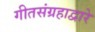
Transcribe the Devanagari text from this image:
गीतसंग्रहाद्वारे